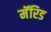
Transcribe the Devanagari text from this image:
मॅरिड